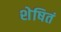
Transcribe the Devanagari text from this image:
शेषितं